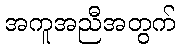
အကူအညီအတွက်